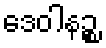
ဒေဝါနဉ္စ